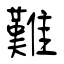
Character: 難